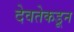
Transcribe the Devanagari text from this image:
देवतेकडून